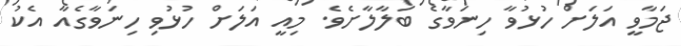
ޖަމާވީ އަލަށް ހުޅުވާ ހިނަވާގެ ބަލާލާށެވެ. މިއީ އަލަށް ހުޅުވި ހިނަވާގެއާ އެކު